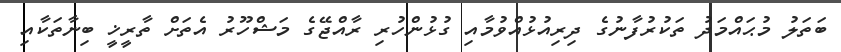
ބަތަލު މުޙައްމަދު ތަކުރުފާނުގެ ދިރިއުޅުއްވުމާއި ގުޅުންހުރި ރާއްޖޭގެ މަޝްހޫރު އެތަށް ތާރީޚީ ބިނާތަކާއި